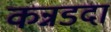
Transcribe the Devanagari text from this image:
कन्नडदा